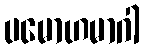
ပမောဟမာဂါ